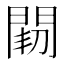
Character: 𨴒